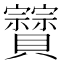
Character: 𧹆